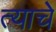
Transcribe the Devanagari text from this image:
त्याचेे